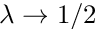
\lambda \rightarrow 1 / 2